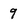
Character: 9